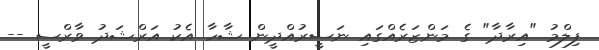
ފިލްމު "އިރާދާ" ގެ މަންޒަރެއްގައި ނަސީރުއްދީން ޝާހާ އެކު އަރްޝަދު ވާރްސީ --